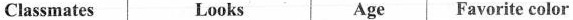
Classmates Looks Age Favorite color